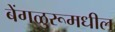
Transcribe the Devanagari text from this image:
बेंगळुरूमधील